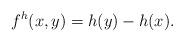
LaTeX: \begin{align*} f^h(x,y)=h(y)-h(x).\end{align*}